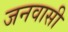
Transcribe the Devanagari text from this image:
जनवासी